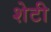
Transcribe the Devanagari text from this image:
शेटी